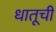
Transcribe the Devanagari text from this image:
धातूचीं